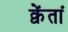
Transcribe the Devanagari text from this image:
क्वेंतां